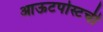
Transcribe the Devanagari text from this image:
आऊटपोस्टची